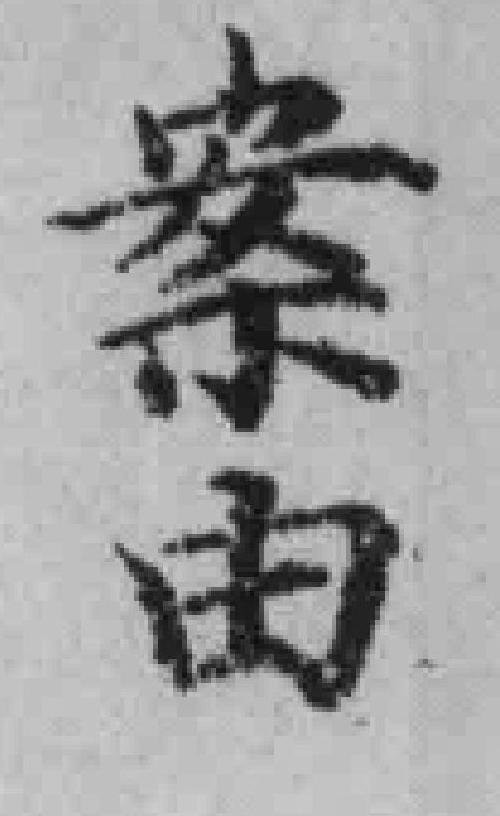
案由